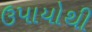
ઉપાયોથી